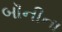
બૉનીના